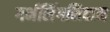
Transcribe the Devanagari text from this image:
गर्भलिंगनिदान